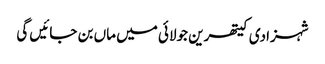
شہزادی کیتھرین جولائی میں ماں بن جائیں گی